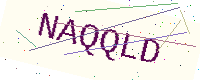
Text: NAQQLD